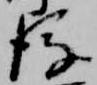
後